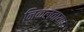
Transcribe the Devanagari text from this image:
निकलवाया।